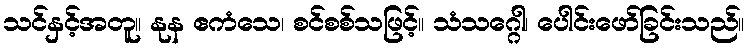
သင်နှင့်အတူ။ နုန ဧကံသေ၊ စင်စစ်သဖြင့်။ သံသဂ္ဂေါ၊ ပေါင်းဖော်ခြင်းသည်။